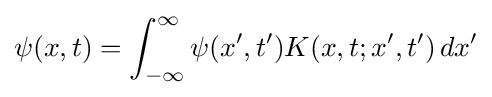
\psi (x,t)=\int _{-\infty }^{\infty }\psi (x',t')K(x,t;x',t')\,dx'